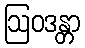
ဩဝဒန္တာ